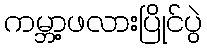
ကမ္ဘာ့ဖလားပြိုင်ပွဲ